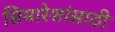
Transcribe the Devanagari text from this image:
सिमारेशांसाठी